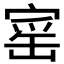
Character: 𡩴